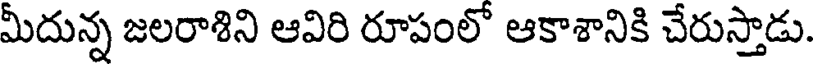
మీదున్న జలరాశిని ఆవిరి రూపంలో ఆకాశానికి చేరుస్తాడు.